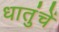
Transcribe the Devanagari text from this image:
धातुंचें